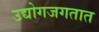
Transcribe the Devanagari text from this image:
उद्योगजगतात